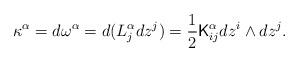
LaTeX: \begin{align*}\kappa^\alpha=d\omega^\alpha=d(L^\alpha_j dz^j)=\frac{1}{2}{\sf K}^\alpha_{ij} dz^i\wedge dz^j. \end{align*}